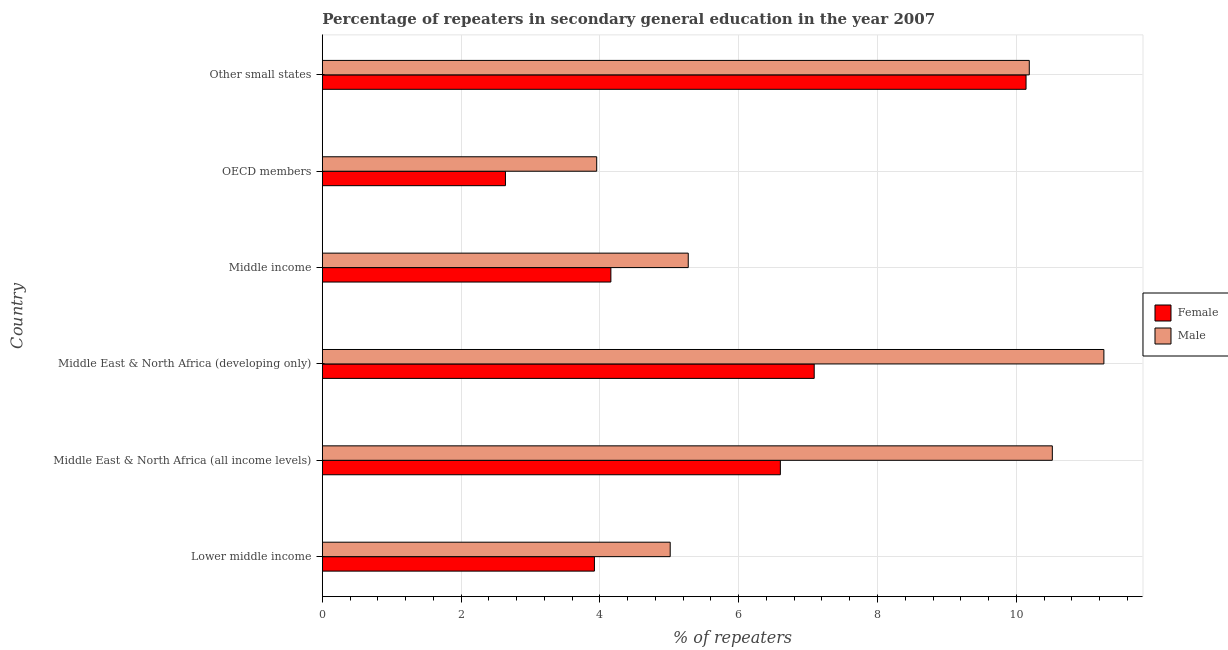
| Country | Female | Male |
 | --- | --- | --- |
 | Lower middle income | 3.92 | 5.01 |
 | Middle East & North Africa (all income levels) | 6.6 | 10.5 |
 | Middle East & North Africa (developing only) | 7.09 | 11.3 |
 | Middle income | 4.16 | 5.27 |
 | OECD members | 2.64 | 3.95 |
 | Other small states | 10.1 | 10.2 |